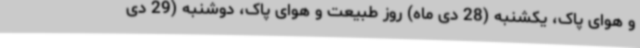
و هوای پاک، یکشنبه (28 دی ماه) روز طبیعت و هوای پاک، دوشنبه (29 دی